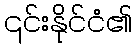
၎င်းနိုင်ငံ၏